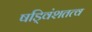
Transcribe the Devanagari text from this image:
षड्विंशतत्व